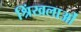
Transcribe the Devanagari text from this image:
श्रिंखलाओं